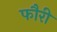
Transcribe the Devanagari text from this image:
फौरी